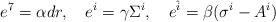
LaTeX: \begin{align*}e^7 = \alpha d r , \quad e^i = \gamma \Sigma^i , \quad e^{\hat{i}} = \beta(\sigma^i -A^i)\end{align*}